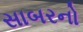
સાબરનો